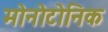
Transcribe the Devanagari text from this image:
मोनोटोनिक